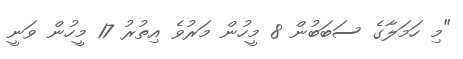
"މި ހަމަލާގެ ސަބަބުން 8 މީހުން މަރުވެ އިތުރު 17 މީހުން ވަނީ